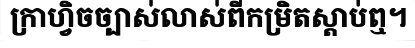
ក្រាហ្វិចច្បាស់លាស់ពីកម្រិតស្តាប់ឮ។